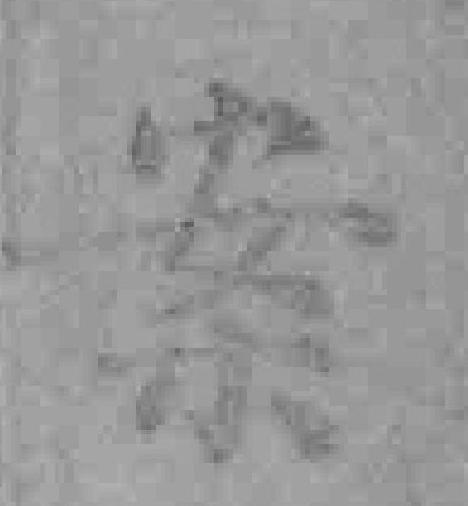
案